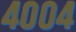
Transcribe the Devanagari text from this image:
४००४